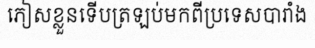
ភៀសខ្លួនទើបត្រឡប់មកពីប្រទេសបារាំង